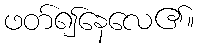
ဖတ်၍နေလေ၏။